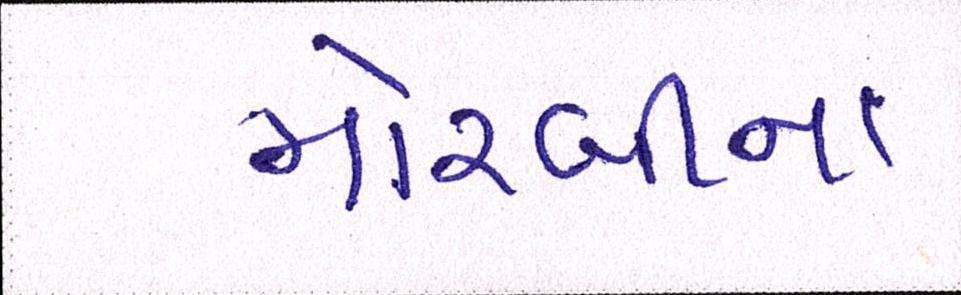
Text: મોરબીના